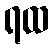
ရထ